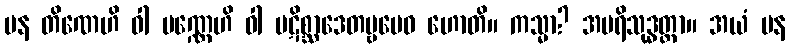
ပန တိဏေဟိ ဝါ ပဏ္ဏေဟိ ဝါ ပဋိစ္ဆာဒေတဗ္ဗမေဝ ဟောတိ။ ကသ္မာ? အပရိသုဒ္ဓတ္တာ။ အယံ ပန